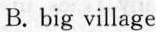
B. big village